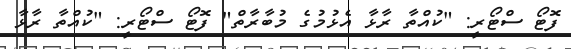
ފޮޓޯ ސްޓޯރީ: "ކުއްތާ ރާޅާ އެޅުމުގެ މުބާރާތް" ފޮޓޯ ސްޓޯރީ: "ކުއްތާ ރާޅާ